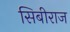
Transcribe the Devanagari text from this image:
सिबीराज